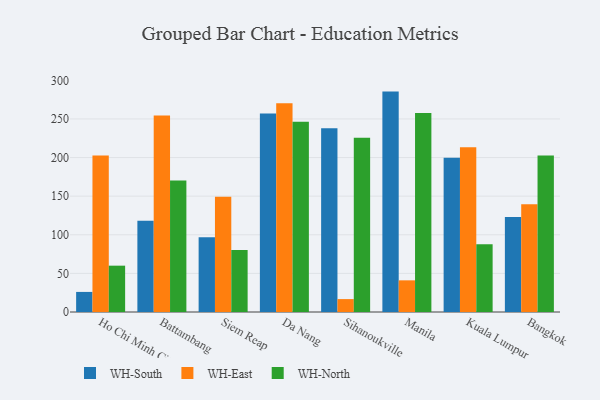
{"axis": {"x": "City", "y": "Website Visitors"}, "legend": ["WH-East", "WH-North", "WH-South"], "data": [{"x": "Ho Chi Minh City", "y": 26.0, "type": "WH-South"}, {"x": "Ho Chi Minh City", "y": 202.7, "type": "WH-East"}, {"x": "Ho Chi Minh City", "y": 60.0, "type": "WH-North"}, {"x": "Battambang", "y": 118.0, "type": "WH-South"}, {"x": "Battambang", "y": 254.4, "type": "WH-East"}, {"x": "Battambang", "y": 170.3, "type": "WH-North"}, {"x": "Siem Reap", "y": 96.8, "type": "WH-South"}, {"x": "Siem Reap", "y": 149.3, "type": "WH-East"}, {"x": "Siem Reap", "y": 80.4, "type": "WH-North"}, {"x": "Da Nang", "y": 257.1, "type": "WH-South"}, {"x": "Da Nang", "y": 270.3, "type": "WH-East"}, {"x": "Da Nang", "y": 246.4, "type": "WH-North"}, {"x": "Sihanoukville", "y": 238.1, "type": "WH-South"}, {"x": "Sihanoukville", "y": 16.7, "type": "WH-East"}, {"x": "Sihanoukville", "y": 225.7, "type": "WH-North"}, {"x": "Manila", "y": 285.4, "type": "WH-South"}, {"x": "Manila", "y": 41.0, "type": "WH-East"}, {"x": "Manila", "y": 257.8, "type": "WH-North"}, {"x": "Kuala Lumpur", "y": 199.8, "type": "WH-South"}, {"x": "Kuala Lumpur", "y": 213.4, "type": "WH-East"}, {"x": "Kuala Lumpur", "y": 87.8, "type": "WH-North"}, {"x": "Bangkok", "y": 123.1, "type": "WH-South"}, {"x": "Bangkok", "y": 139.5, "type": "WH-East"}, {"x": "Bangkok", "y": 202.7, "type": "WH-North"}]}